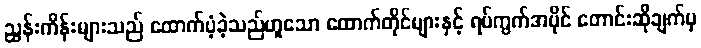
ညွှန်းကိန်းများသည် ထောက်ပံ့ခဲ့သည်ဟူသော ထောက်တိုင်များနှင့် ရပ်ကွက်အပိုင် တောင်းဆိုချက်မှ